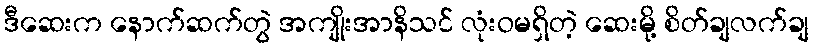
ဒီဆေးက နောက်ဆက်တွဲ အကျိုးအာနိသင် လုံးဝမရှိတဲ့ ဆေးမို့ စိတ်ချလက်ချ